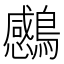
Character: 𮭗